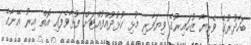
ބަހާދުރުގެ ވެރިޔާ ޒުހައިރުގެ ވިޔަފާރި މުޅި ކުޅުދުއްފުއްޓަށް ފުޅާވެފައި އޮތް އިރު އޭނާގެ